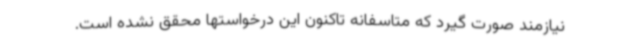
نیازمند صورت گیرد که متاسفانه تاکنون این درخواستها محقق نشده است.